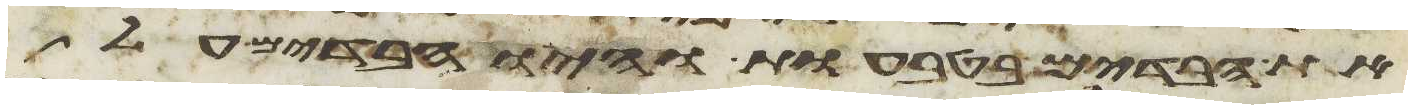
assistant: את הבדים בטבעות והיו הבדים על